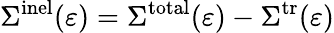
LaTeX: \Sigma^{\mathrm{inel}}(\varepsilon)=\Sigma^{\mathrm{total}}(\varepsilon)-\Sigma^{\mathrm{tr}}(\varepsilon)